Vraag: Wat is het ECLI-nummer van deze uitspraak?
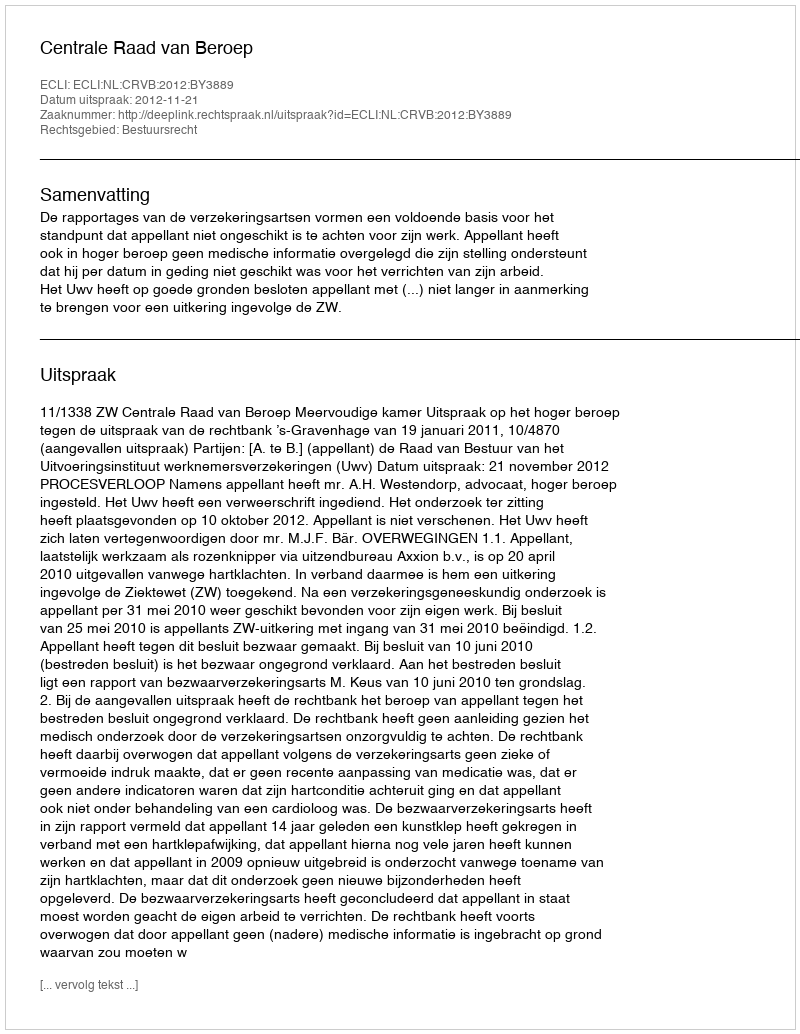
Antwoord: ECLI:NL:CRVB:2012:BY3889